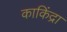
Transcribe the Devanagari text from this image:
काकिंद्रा